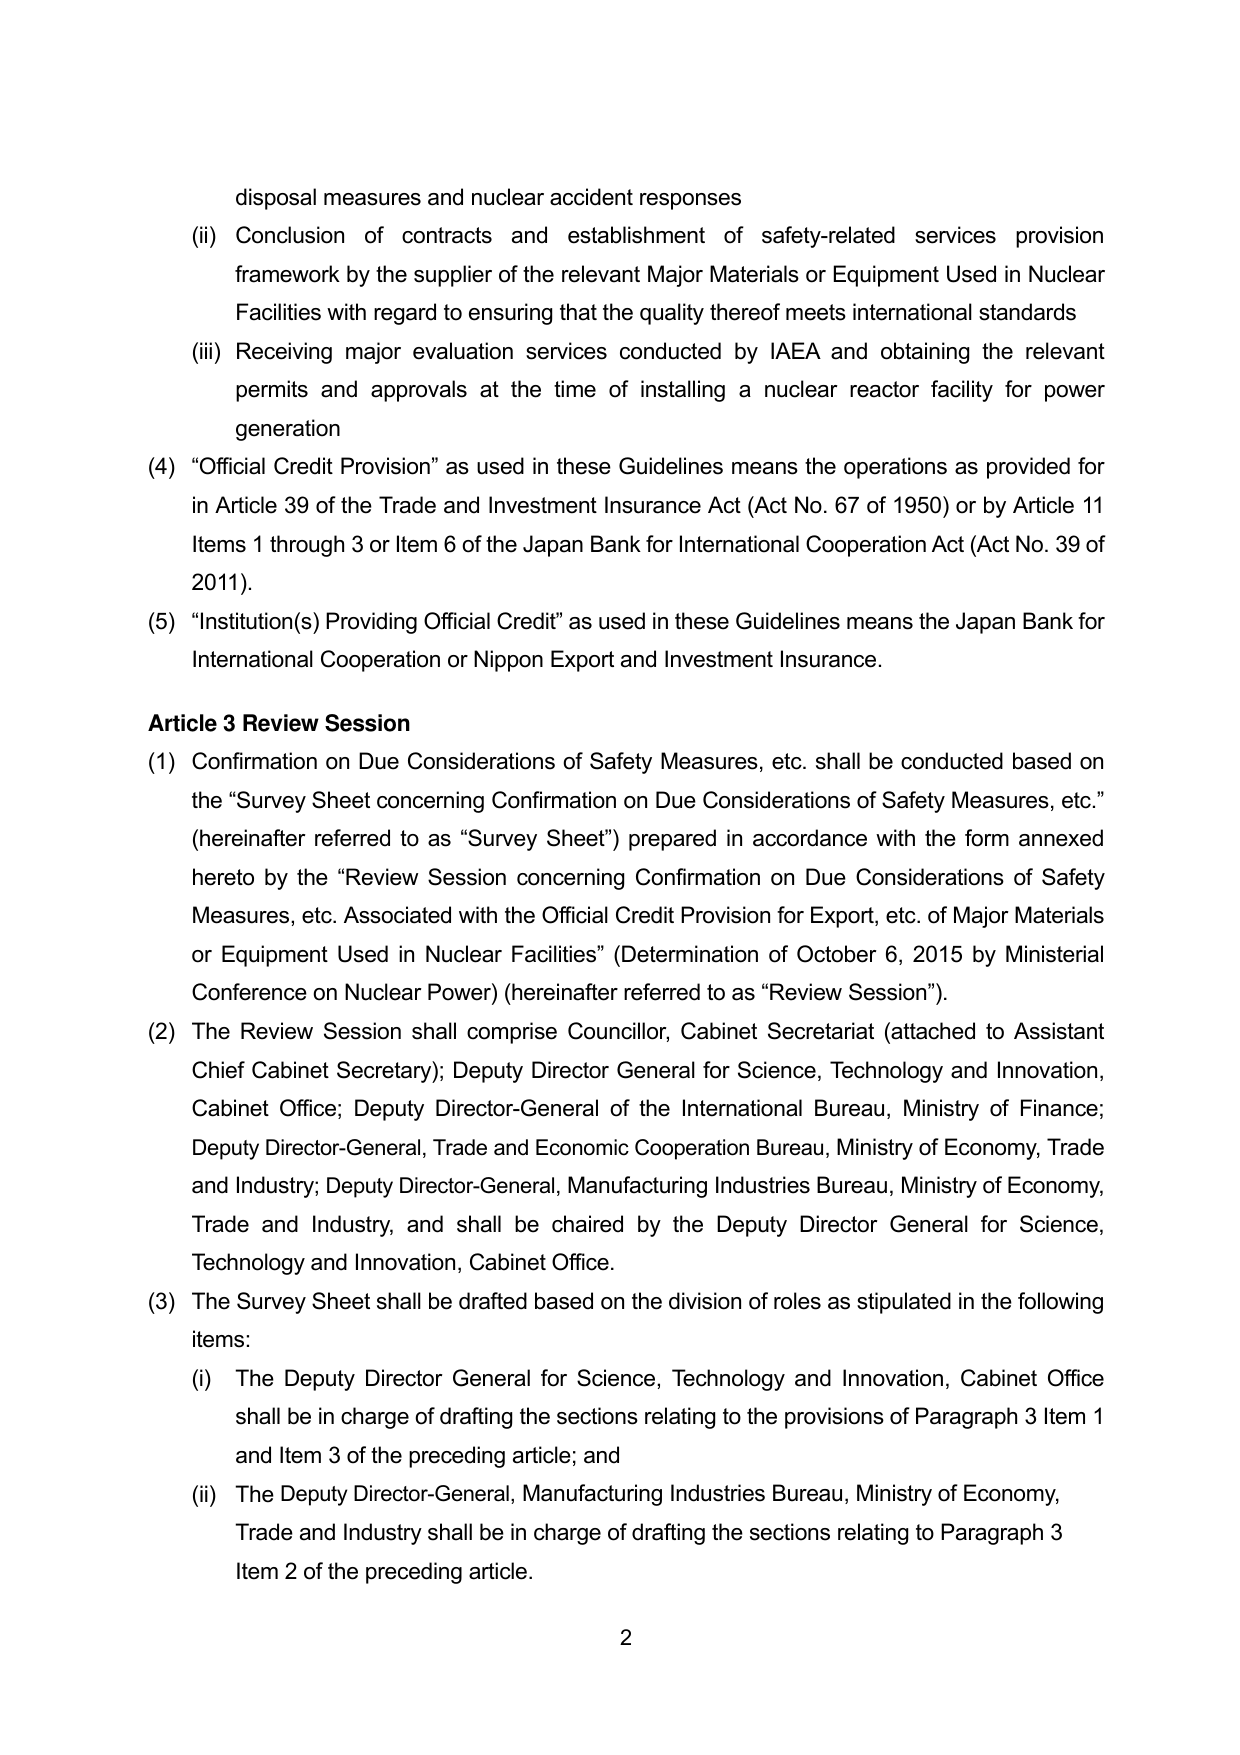
disposal measures and nuclear accident responses
(ii) Conclusion of contracts and establishment of safety-related services provision framework by the supplier of the relevant Major Materials or Equipment Used in Nuclear Facilities with regard to ensuring that the quality thereof meets international standards
(iii) Receiving major evaluation services conducted by IAEA and obtaining the relevant permits and approvals at the time of installing a nuclear reactor facility for power generation
(4) “Official Credit Provision” as used in these Guidelines means the operations as provided for in Article 39 of the Trade and Investment Insurance Act (Act No. 67 of 1950) or by Article 11 Items 1 through 3 or Item 6 of the Japan Bank for International Cooperation Act (Act No. 39 of 2011).
(5) “Institution(s) Providing Official Credit” as used in these Guidelines means the Japan Bank for International Cooperation or Nippon Export and Investment Insurance.
Article 3 Review Session
(1) Confirmation on Due Considerations of Safety Measures, etc. shall be conducted based on the “Survey Sheet concerning Confirmation on Due Considerations of Safety Measures, etc.” (hereinafter referred to as “Survey Sheet”) prepared in accordance with the form annexed hereto by the “Review Session concerning Confirmation on Due Considerations of Safety Measures, etc. Associated with the Official Credit Provision for Export, etc. of Major Materials or Equipment Used in Nuclear Facilities” (Determination of October 6, 2015 by Ministerial Conference on Nuclear Power) (hereinafter referred to as “Review Session”).
(2) The Review Session shall comprise Councillor, Cabinet Secretariat (attached to Assistant Chief Cabinet Secretary); Deputy Director General for Science, Technology and Innovation, Cabinet Office; Deputy Director-General of the International Bureau, Ministry of Finance; Deputy Director-General, Trade and Economic Cooperation Bureau, Ministry of Economy, Trade and Industry; Deputy Director-General, Manufacturing Industries Bureau, Ministry of Economy, Trade and Industry, and shall be chaired by the Deputy Director General for Science, Technology and Innovation, Cabinet Office.
(3) The Survey Sheet shall be drafted based on the division of roles as stipulated in the following items:
(i) The Deputy Director General for Science, Technology and Innovation, Cabinet Office shall be in charge of drafting the sections relating to the provisions of Paragraph 3 Item 1 and Item 3 of the preceding article; and
(ii) The Deputy Director-General, Manufacturing Industries Bureau, Ministry of Economy, Trade and Industry shall be in charge of drafting the sections relating to Paragraph 3 Item 2 of the preceding article.
2